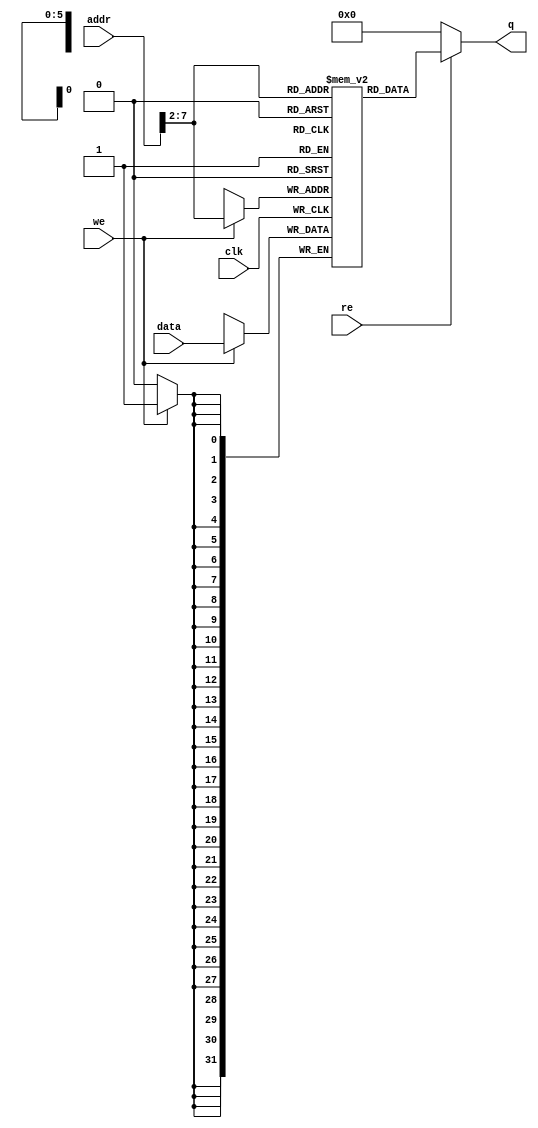
//////////////////////////////////////////////////////////////////////////////////
// Quartus II Verilog Template
// Single port RAM with single read/write address 
//
// Company: ITESO
// Module: single_port_ram
// Description:
// RAM Module. It is defined as 2^Addres_Width Words of data.
// There is only one Output Data Port and one of each input Address and Input Data
// port.  
//////////////////////////////////////////////////////////////////////////////////
module single_port_ram 
#(parameter DATA_WIDTH = 32, parameter ADDR_WIDTH = 32)
(	input [(DATA_WIDTH-1):0] data,
	input [(ADDR_WIDTH-1):0] addr,
	input we, re, clk,
	output [(DATA_WIDTH-1):0] q );

// Declare the RAM array
reg [DATA_WIDTH-1:0] ram[63:0];
wire [(ADDR_WIDTH-3):0] CurrAddr;
////////////////////////////////////////////////////////////////////////////////////////////////////////////////////////////

////////////////////////////////////////////////////////////////////////////////////////////////////////////////////////////
assign CurrAddr=addr[(ADDR_WIDTH-1):2];
always @ (posedge clk)
	begin
		// Write
		if (we)
			ram[CurrAddr] <= data;
	end
// Reading continuously
assign q = (re)?ram[CurrAddr]:32'b0;

endmodule